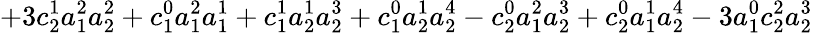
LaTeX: +3c_{2}^{1}a_{1}^{2}a_{2}^{2}+c_{1}^{0}a_{1}^{2}a_{1}^{1}+c_{1}^{1}a_{2}^{1}a_{2}^{3}+c_{1}^{0}a_{2}^{1}a_{2}^{4}-c_{2}^{0}a_{1}^{2}a_{2}^{3}+c_{2}^{0}a_{1}^{1}a_{2}^{4}-3a_{1}^{0}c_{2}^{2}a_{2}^{3}